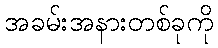
အခမ်းအနားတစ်ခုကို